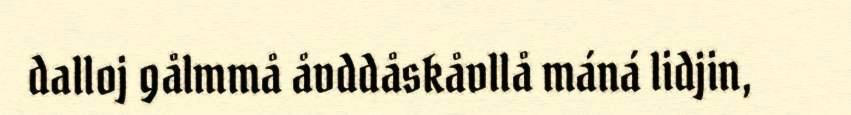
dalloj gålmmå åvddåskåvllå máná lidjin,